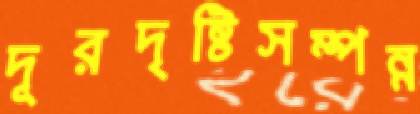
দূরদৃষ্টিসম্পন্ন